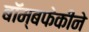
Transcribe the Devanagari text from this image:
बॉम्बफेकीने